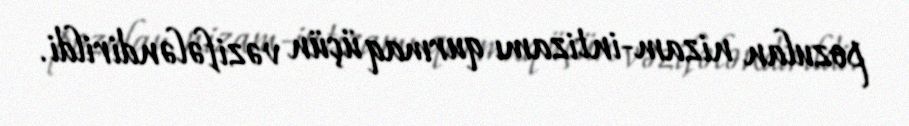
pozulan nizam-intizamı qurmaq üçün vəzifələndirildi.